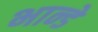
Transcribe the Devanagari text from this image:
भान्डे